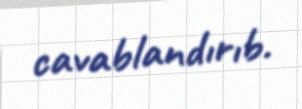
cavablandırıb.